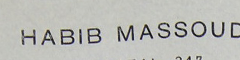
HABIB MASSOUD